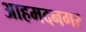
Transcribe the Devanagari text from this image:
आहमदनगर